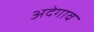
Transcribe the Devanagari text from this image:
अदेगाव